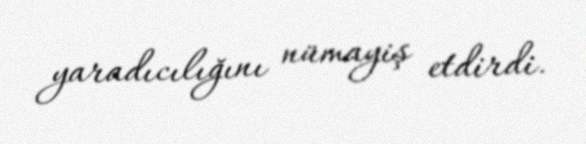
yaradıcılığını nümayiş etdirdi.